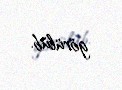
görülüb.